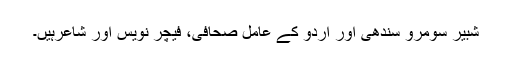
شبیر سومرو سندھی اور اردو کے عامل صحافی، فیچر نویس اور شاعرہیں۔